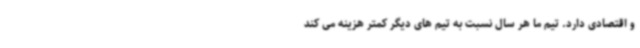
و اقتصادی دارد. تیم ما هر سال نسبت به تیم های دیگر کمتر هزینه می کند